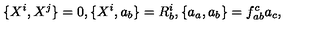
\{ X ^ { i } , X ^ { j } \} = 0 , \{ X ^ { i } , a _ { b } \} = R _ { b } ^ { i } , \{ a _ { a } , a _ { b } \} = f _ { a b } ^ { c } a _ { c } ,